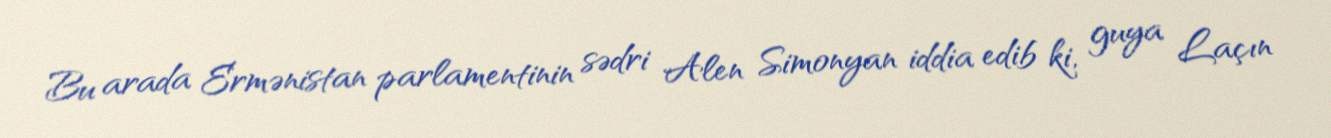
Bu arada Ermənistan parlamentinin sədri Alen Simonyan iddia edib ki, guya Laçın